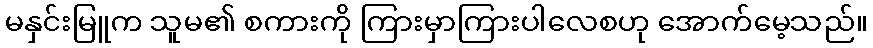
မနှင်းမြူက သူမ၏ စကားကို ကြားမှာကြားပါလေစဟု အောက်မေ့သည်။